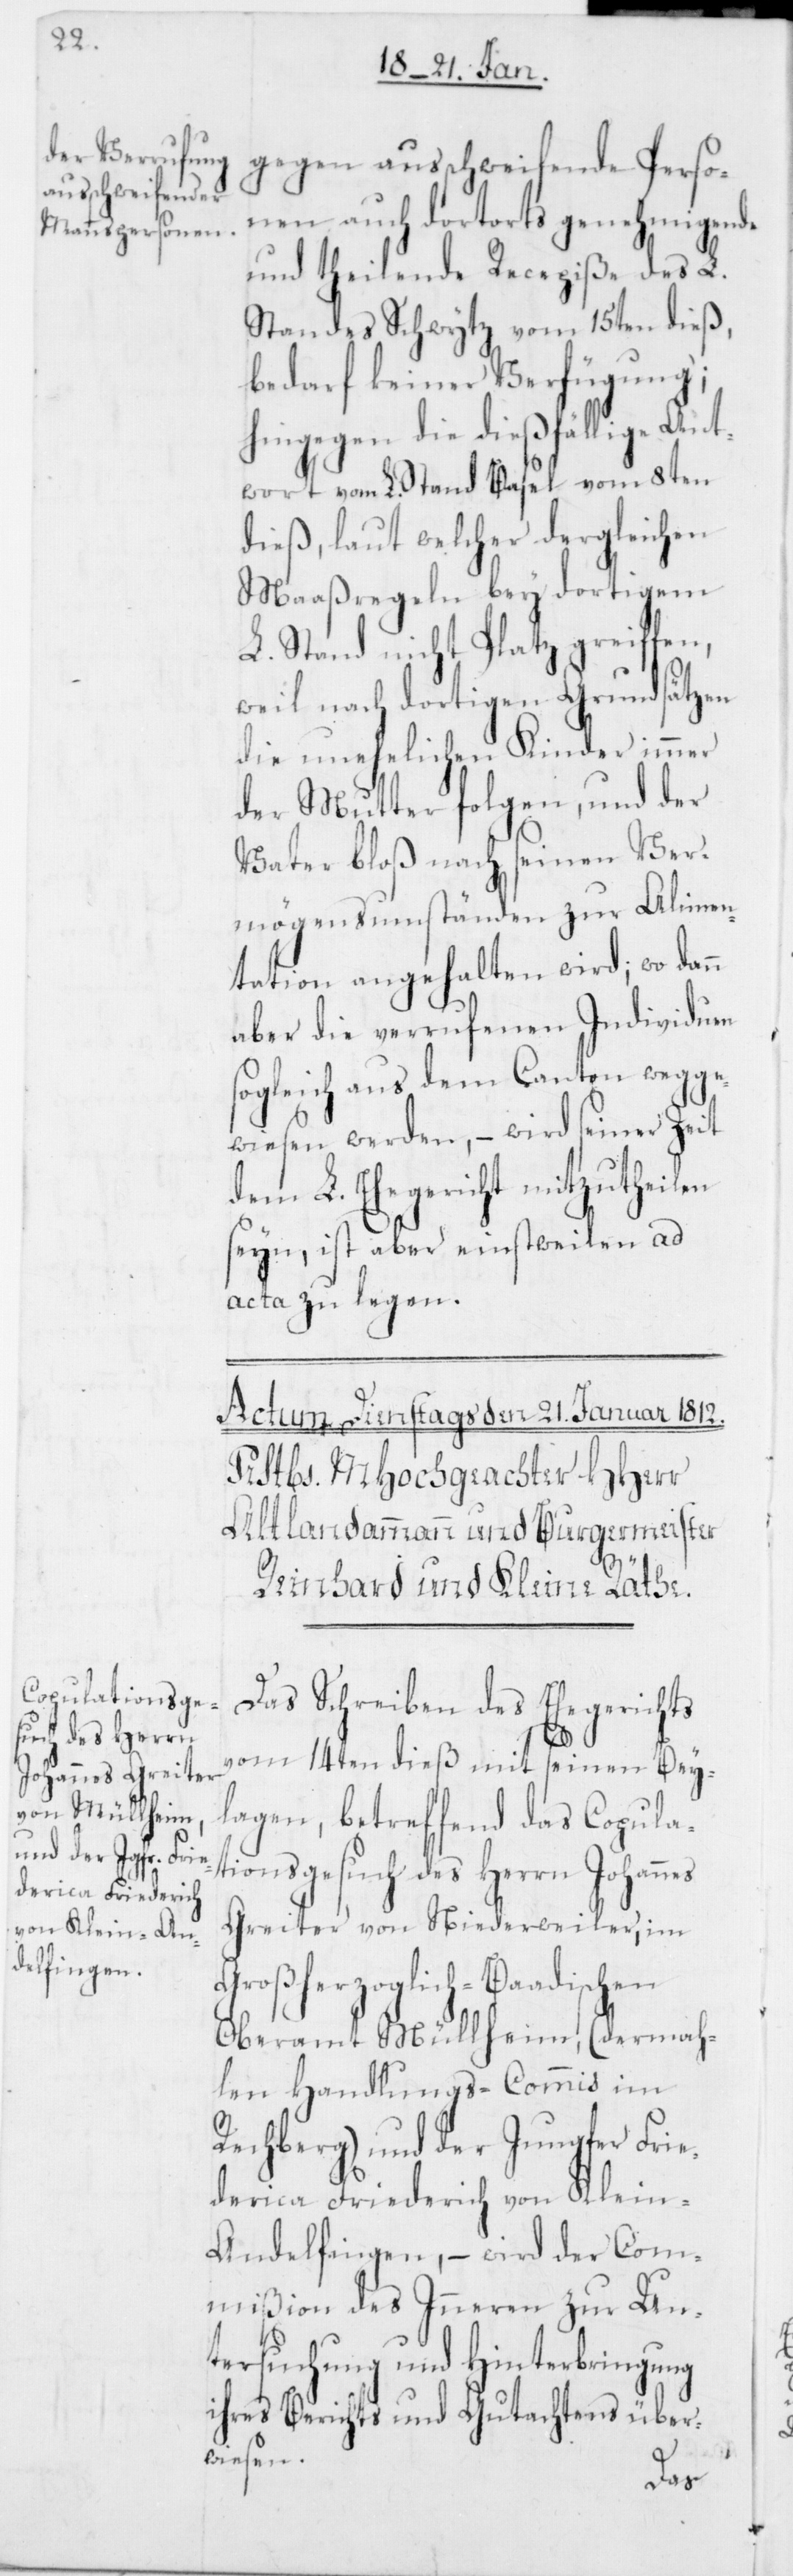
gegen ausschweifende Perso¬
nen auch dortorts genehmigende
und theilende Recepiße des L.
Standes Schwytz vom 15ten dieß,
bedarf keiner Verfügung;
hingegen die dießfällige Ant¬
wort vom L. Stand Basel vom 8ten
dieß, laut welcher dergleichen
Maaßregeln bey dortigem
L. Stand nicht Platz greiffen,
weil nach dortigen Grundsätzen
die unehelichen Kinder immer
der Mutter folgen, und der
Vater bloß nach seinen Ver¬
mögensumständen zur Alimen¬
tation angehalten wird, wo dann
aber die verrufenen Individuen
sogleich aus dem Canton wegge¬
wiesen werden, – wird seiner Zeit
dem L. Ehegericht mitzutheilen
seyn, ist aber einstweilen ad
acta zu legen.
Das Schreiben des Ehegerichts
vom 14ten dieß mit seinen Bei¬
lagen, betreffend das Copula¬
tionsgesuch des Herrn Johann¬
Greiter von Niederweiler im
Großherzoglich-Baadischen
Oberamt Müllheim (derma¬
len Handlungs-Commis im
Rechberg) und der Jungfer Frie¬
derica Friederich von Klein¬
andelfingen, – wird der Com¬
mißion des Inneren zur Un¬
tersuchung und Hinterbringung
ihres Berichts und Gutachtens über¬
wiesen.
es